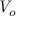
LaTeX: { \mathit { V } } _ { o }